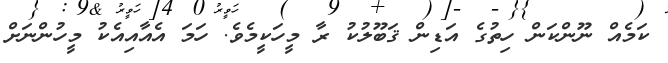
ކަމެއް ނޫންކަން ހިތުގެ އަޑިން ޤަބޫލުކު ރާ މީހަކީމެވެ. ހަމަ އެއާއިއެކު މީހުންނަށް